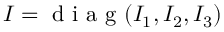
\boldsymbol { I } = \mathrm { ~ d ~ i ~ a ~ g ~ } ( I _ { 1 } , I _ { 2 } , I _ { 3 } )